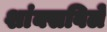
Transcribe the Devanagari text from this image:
शांक्सविले